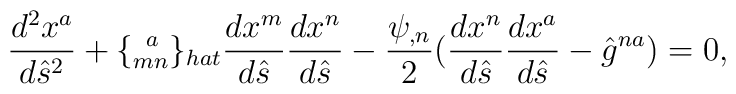
\frac{d^2 x^a}{d\hat s^2}+\{^{\;\;a}_{mn}\}_{hat}\frac{dx^m}{d\hat s}\frac{dx^n}{d\hat s}-\frac{\psi_{,n}}{2}(\frac{dx^n}{d\hat s}\frac{dx^a}{d\hat s}-\hat g^{na})=0,